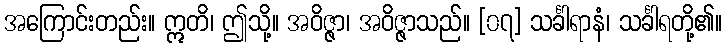
အကြောင်းတည်း။ ဣတိ၊ ဤသို့။ အဝိဇ္ဇာ၊ အဝိဇ္ဇာသည်။ [၀၇] သင်္ခါရာနံ၊ သင်္ခါရတို့၏။